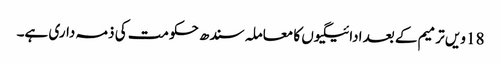
18 ویں ترمیم کے بعد ادائیگیوں کا معاملہ سندھ حکومت کی ذمہ داری ہے۔